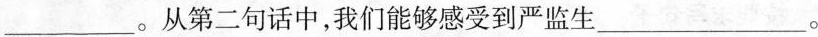
___。从第二句话中，我们能够感受到严监生___。